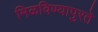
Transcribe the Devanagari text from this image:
मिळविण्यापुरते